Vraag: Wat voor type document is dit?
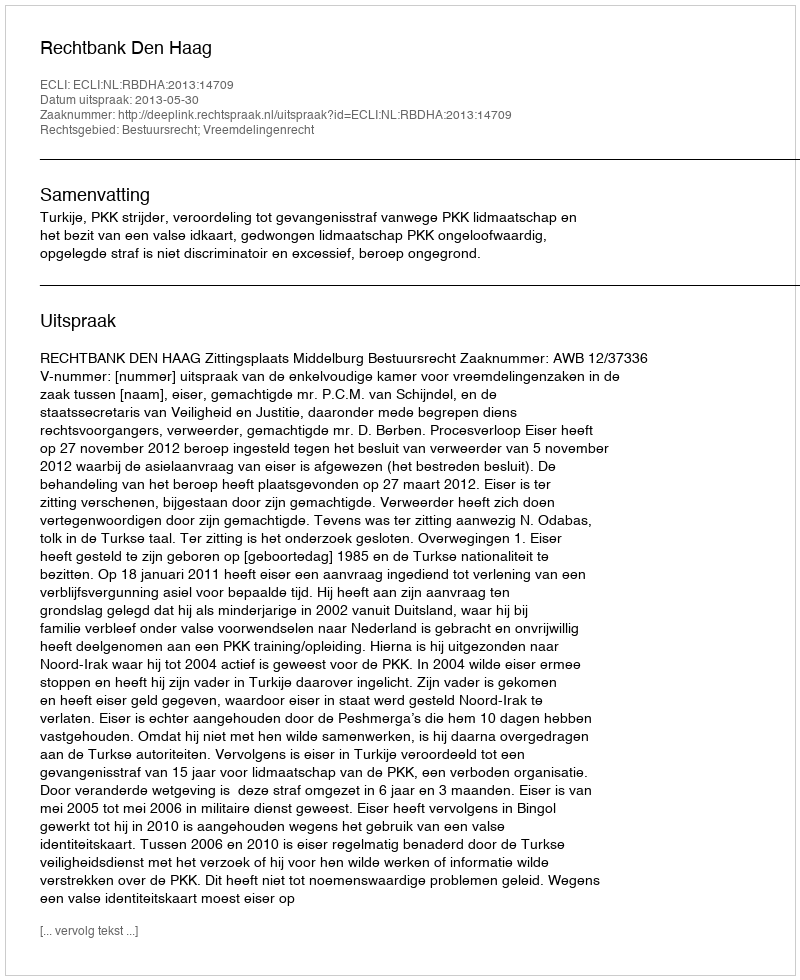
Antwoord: Uitspraak